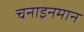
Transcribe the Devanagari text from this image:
चनाइनमान